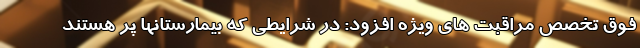
فوق تخصص مراقبت های ویژه افزود: در شرایطی که بیمارستانها پر هستند